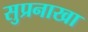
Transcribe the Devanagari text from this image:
सुप्रनाखा